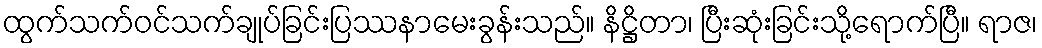
ထွက်သက်ဝင်သက်ချုပ်ခြင်းပြဿနာမေးခွန်းသည်။ နိဋ္ဌိတာ၊ ပြီးဆုံးခြင်းသို့ရောက်ပြီ။ ရာဇ၊